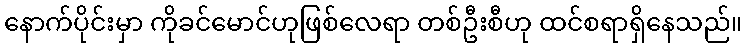
နောက်ပိုင်းမှာ ကိုခင်မောင်ဟုဖြစ်လေရာ တစ်ဦးစီဟု ထင်စရာရှိနေသည်။